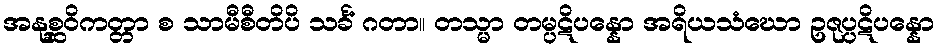
အနုစ္ဆဝိကတ္တာ စ သာမီစီတိပိ သင်္ခံ ဂတာ။ တသ္မာ တမ္ပဋိပန္နော အရိယသံဃော ဥဇုပ္ပဋိပန္နော